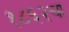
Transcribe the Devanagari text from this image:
१८६२चा